Vaccination in Bombay 1874-1876 - 1874-1876
Year: 1874
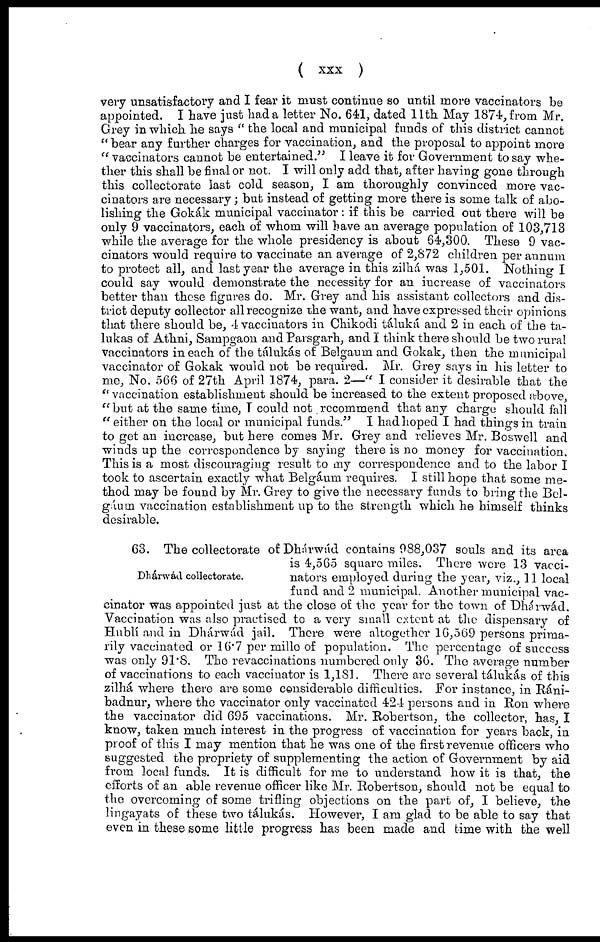
(
xxx
)
very unsatisfactory and I fear it must continue so until more vaccinators be
appointed. I have just had a letter No. 641, dated 11th May 1874, from Mr.
Grey in which he says " the local and municipal funds of this district cannot
" bear any further charges for vaccination, and the proposal to appoint more
" vaccinators cannot be entertained." I leave it for Government to say whe-
ther this shall be final or not. I will only add that, after having gone through
this collectorate last cold season, I am thoroughly convinced more vac-
cinators are necessary; but instead of getting more there is some talk of abo-
lishing the Gokák municipal vaccinator : if this be carried out there will be
only 9 vaccinators, each of whom will have an average population of 103,713
while the average for the whole presidency is about 64,300. These 9 vac-
cinators would require to vaccinate an average of 2,872 children per annum
to protect all, and last year the average in this zilhá was 1,501. Nothing I
could say would demonstrate the necessity for an increase of vaccinators
better than these figures do. Mr. Grey and his assistant collectors and dis-
trict deputy collector all recognize the want, and have expressed their opinions
that there should be, 4 vaccinators in Chikodi táluká and 2 in each of the ta-
lukas of Athni, Sampgaon and Parsgarh, and I think there should be two rural
vaccinators in each of the tálukás of Belgaum and Gokak, then the municipal
vaccinator of Gokak would not be required. Mr. Grey says in his letter to
me, No. 566 of 27th April 1874, para. 2—" I consider it desirable that the
" vaccination establishment should be increased to the extent proposed above,
"but at the same time, I could not recommend that any charge should fall
" either on the local or municipal funds." I had hoped I had things in train
to get an increase, but here comes Mr. Grey and relieves Mr. Boswell and
winds up the correspondence by saying there is no money for vaccination.
This is a most discouraging result to my correspondence and to the labor I
took to ascertain exactly what Belgáum requires. I still hope that some me-
thod may be found by Mr. Grey to give the necessary funds to bring the Bel-
gáum vaccination establishment up to the strength which he himself thinks
desirable.
Dhárwád collectorate.
63. The collectorate of Dhárwád contains 988,037 souls and its area
is 4,565 square miles. There were 13 vacci-
nators employed during the year, viz., 11 local
fund and 2 municipal. Another municipal vac-
cinator was appointed just at the close of the year for the town of Dhárwád.
Vaccination was also practised to a very small extent at the dispensary of
Hublí and in Dhárwád jail. There were altogether 16,569 persons prima-
rily vaccinated or 16.7 per mille of population. The percentage of success
was only 91.8. The revaccinations numbered only 36. The average number
of vaccinations to each vaccinator is 1,181. There are several tálukás of this
zilhá where there are some considerable difficulties. For instance, in Ráni-
badnur, where the vaccinator only vaccinated 424 persons and in Ron where
the vaccinator did 695 vaccinations. Mr. Robertson, the collector, has, I
know, taken much interest in the progress of vaccination for years back, in
proof of this I may mention that he was one of the first revenue officers who
suggested the propriety of supplementing the action of Government by aid
from local funds. It is difficult for me to understand how it is that, the
efforts of an able revenue officer like Mr. Robertson, should not be equal to
the overcoming of some trifling objections on the part of, I believe, the
lingayats of these two tálukás. However, I am glad to be able to say that
even in these some little progress has been made and time with the well